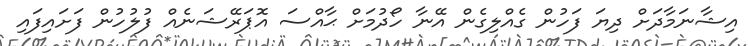
އިޝާނަމާދަށް ދިޔަ ފަހުން ގެއްލިގެން އޭނާ ހޯދުމަށް ޙާއްސަ އޮޕަރޭޝަނެއް ފުލުހުން ފަށައިފައި